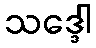
သဒ္ဒေါ